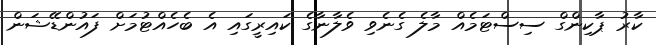
ކާރު ޕާކިންގް ސިސްޓަމެއް މާލެ ގެނެވި ވެލާނާގެ ކައިރީގައި އެ ބެހެއްޓުމަށް ފައުންޑޭޝަން